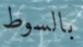
بالسوط